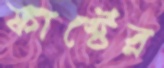
ফার্স্টের